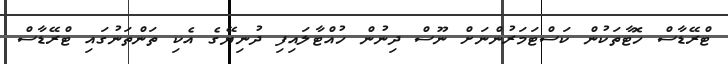
ޓްރޭޑާސް ހޮޓާތަކުން ކަސްޓަމަރުންނަށް ނޫސް ދިނުން ހުއްޓާލައިފި ދުނިޔޭގެ އެކި ތަންތަނުގައި ޓްރޭޑާސް